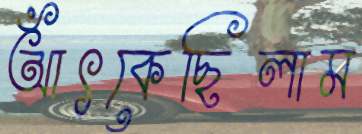
আঁৎকেছিলাম